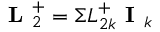
\textbf { L } _ { 2 } ^ { + } = \Sigma L _ { 2 k } ^ { + } \textbf { I } _ { k }